Madras plague regulations and rules for the city of Madras
Disease focus: Plague
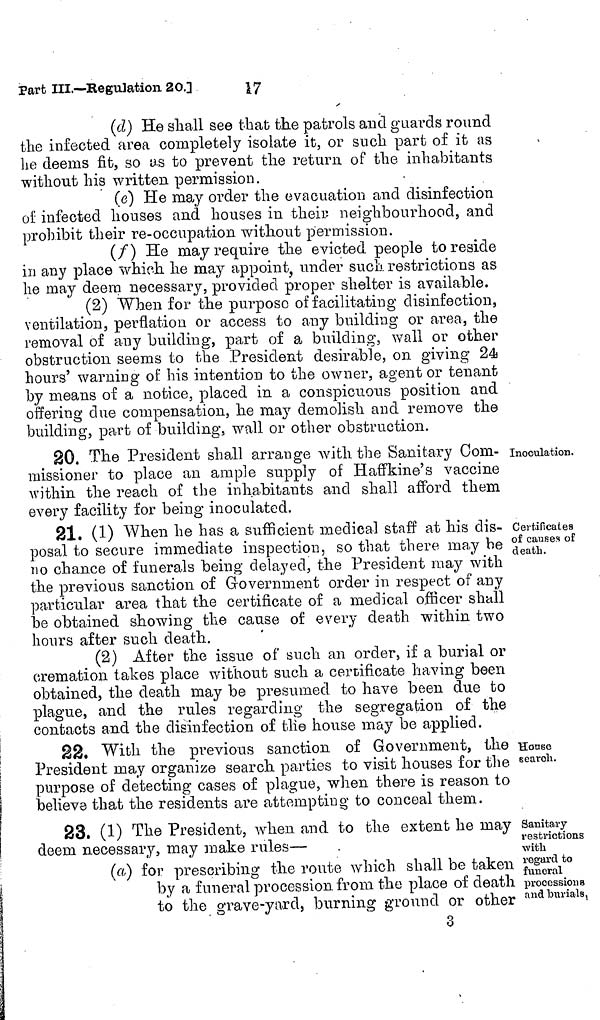
(d) He shall see that the patrols and guards round
the infected area completely isolate it, or such part of it as
he deems fit, so as to prevent the return of the inhabitants
without his written permission.
(e) He may order the evacuation and disinfection
of infected houses and houses in their neighbourhood, and
prohibit their re-occupation without permission.
(/) He may require the evicted people to reside
in any place which he may appoint, under such, restrictions as
he may deem necessary, provided proper shelter is available.
(2) When for the purpose of facilitating disinfection,
ventilation, perflation or access to any building or area, the
removal of any building, part of a building, wall or other
obstruction seems to the President desirable, on giving 24
hours' warning of his intention to the owner, agent or tenant
by means of a notice, placed in a conspicuous position and
offering due compensation, he may demolish and remove the
building, part of building, wall or other obstruction.
Inoculation.
20. The President shall arrange with the Sanitary Com-
missioner to place an ample supply of Haffkine's vaccine
within the reach of the inhabitants and shall afford them
every facility for being inoculated.
Certificates
of cause of
death.
21. (1) When he has a sufficient medical staff at his dis-
posal to secure immediate inspection, so that there may be
no chance of funerals being delayed, the President may with
the previous sanction of Government order in respect of any
particular area that the certificate of a medical officer shall
be obtained showing the cause of every death within two
hours after such death.
(2) After the issue of such an order, if a burial or
cremation takes place without such a certificate having been
obtained, the death may be presumed to have been due to
plague, and the rules regarding the segregation of the
contacts and the disinfection of tlie house may be applied.
House
search.
22. With the previous sanction of Government, the
President may organize search parties to visit houses for the
purpose of detecting cases of plague, when there is reason to
believe that the residents are attempting to conceal them.
Sanitary
restrictions
with
regard to
funeral
processions
and burials.
23. (1) The President, when and to the extent he may
deem necessary, may make rules—
(a) for prescribing the route which shall be taken
by a funeral procession, from the place of death
to the grave-yard, burning ground or other
3